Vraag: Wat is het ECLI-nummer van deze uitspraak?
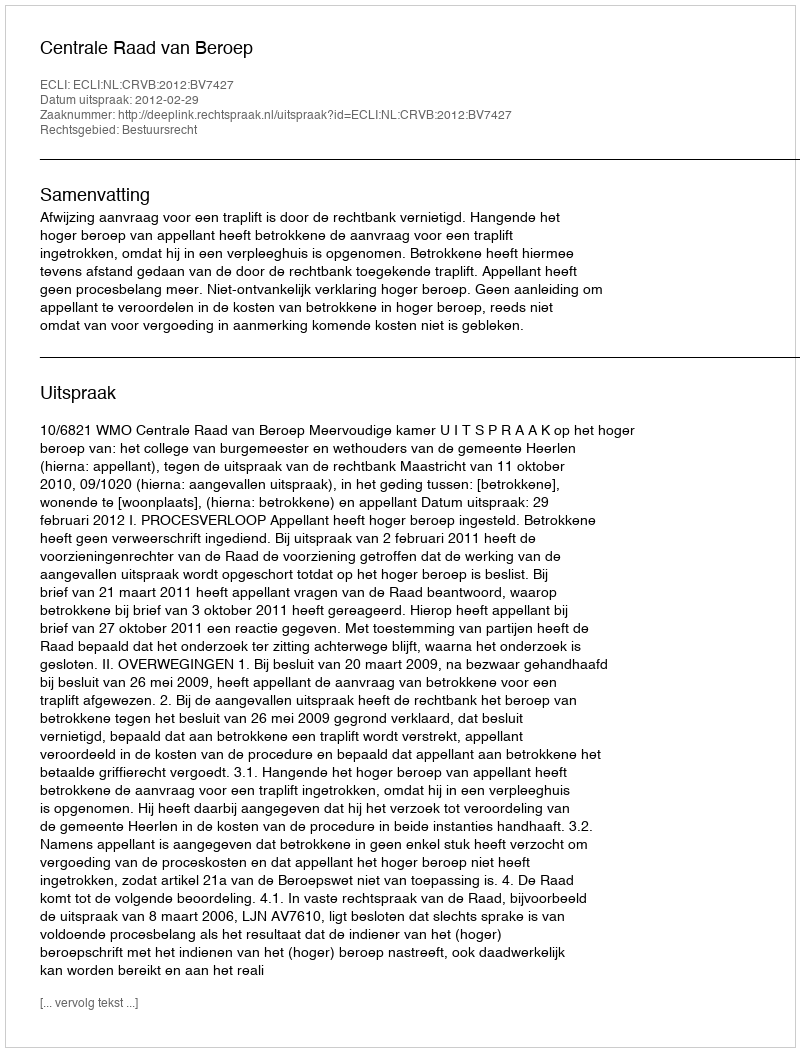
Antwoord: ECLI:NL:CRVB:2012:BV7427